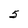
Character: 5